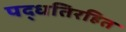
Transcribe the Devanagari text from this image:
पद्धतिरहित